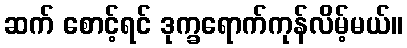
ဆက် စောင့်ရင် ဒုက္ခရောက်ကုန်လိမ့်မယ်။